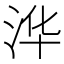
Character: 𮳆